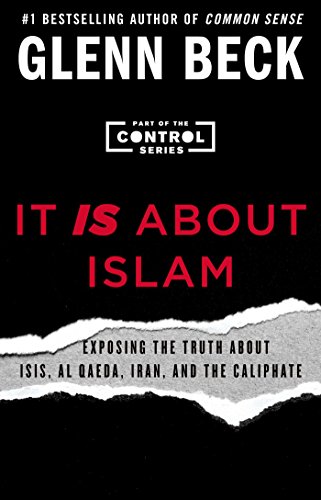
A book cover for It IS About Islam: Exposing the Truth About ISIS, Al Qaeda, Iran, and the Caliphate (The Control Series); Glenn Beck; History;